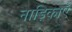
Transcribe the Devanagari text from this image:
नाड़िकाएँ